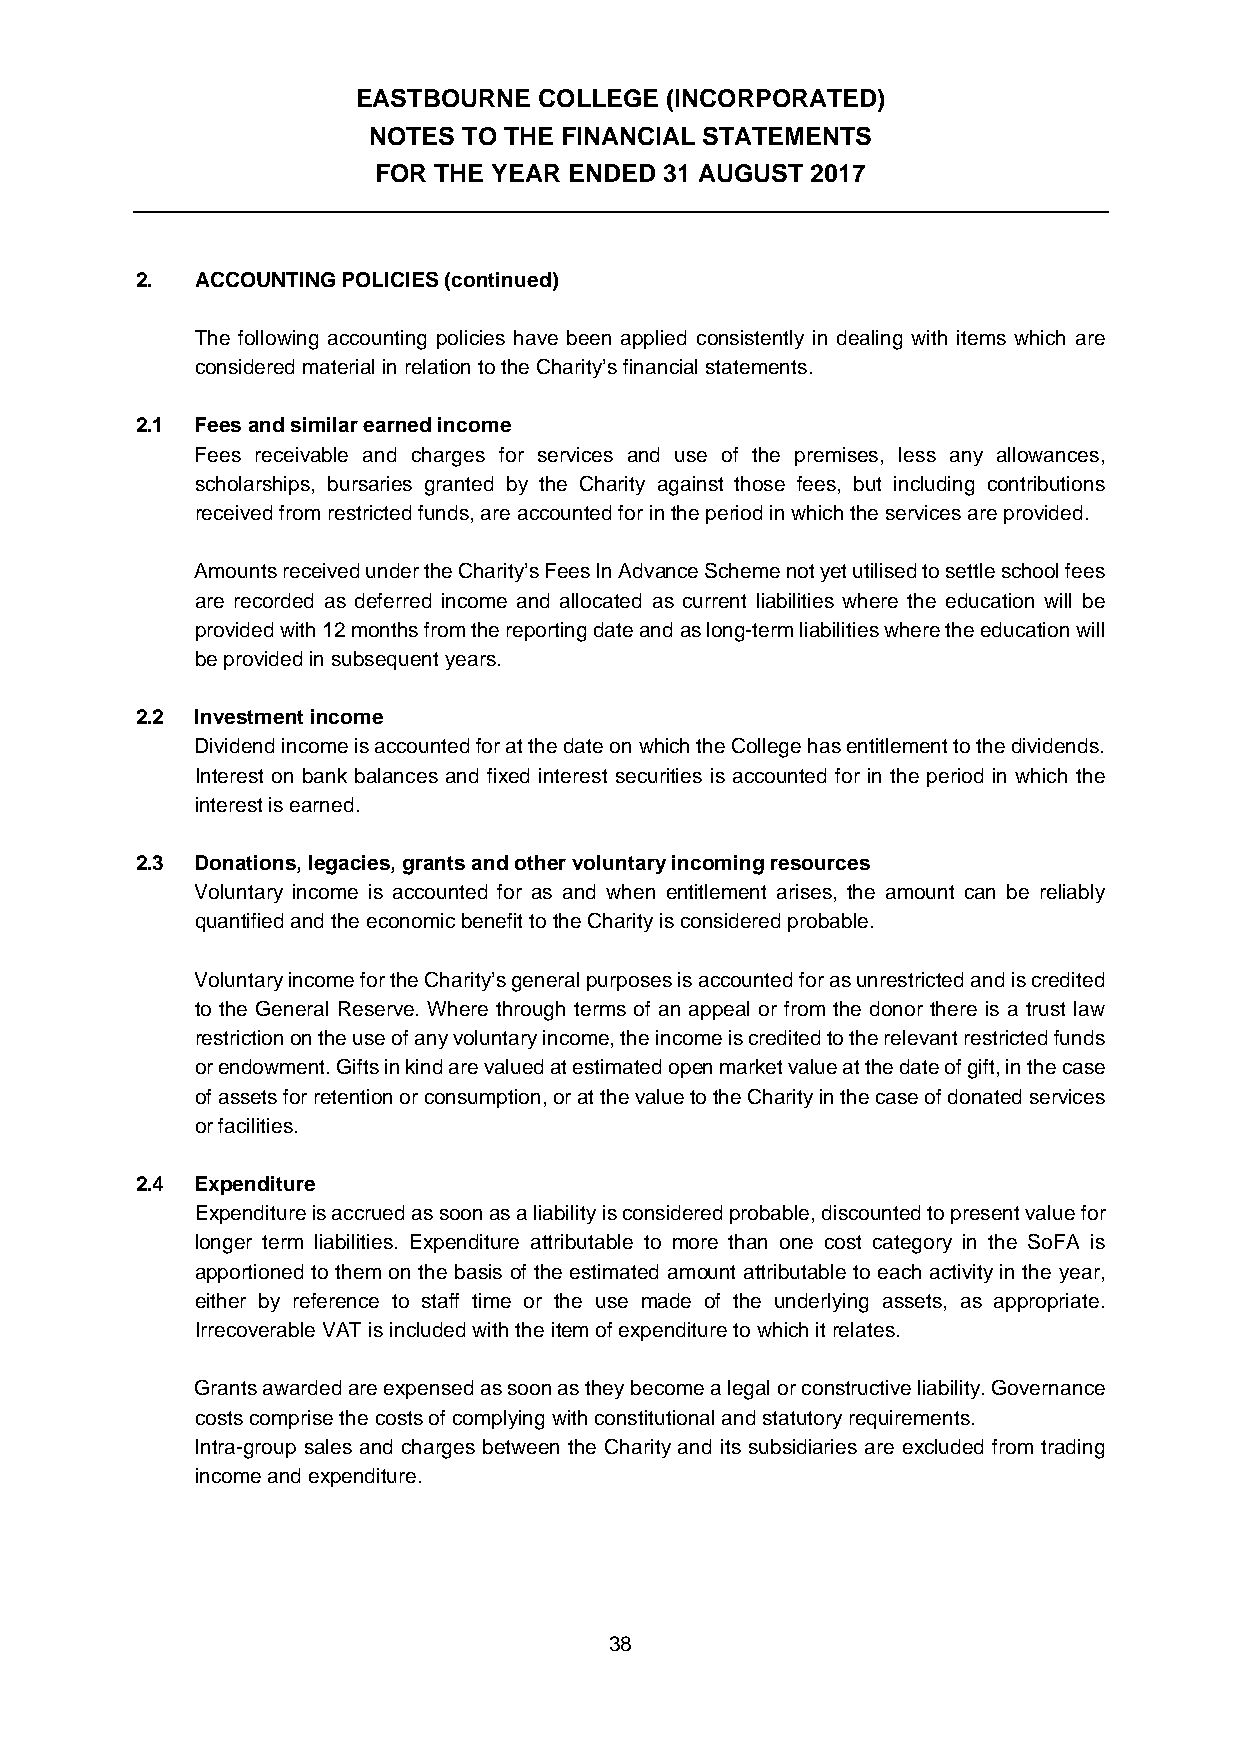
EASTBOURNE  COLLEGE (INCORPORATED)
 NOTES  TO THE FINANCIAL STATEMENTS
 FOR THE YEAR ENDED 31 AUGUST 2017
 2.  ACCOUNTING POLICIES (continued)
 The following accounting policies have been applied consistently in dealing with items which are
 considered material in relation to the Charity’s financial statements.
 2.1 Fees and similar earned income
 Fees receivable and charges for services and use of the premises, less any allowances,
 scholarships, bursaries granted by the Charity against those fees, but including contributions
 received from restricted funds, are accounted for in the period in which the services are provided.
 Amounts received under the Charity’s Fees In Advance Scheme not yet utilised to settle school fees
 are recorded as deferred income and allocated as current liabilities where the education will be
 provided with 12 months from the reporting date and as long-term liabilities where the education will
 be provided in subsequent years.
 2.2 Investment income
 Dividend income is accounted for at the date on which the College has entitlement to the dividends.
 Interest on bank balances and fixed interest securities is accounted for in the period in which the
 interest is earned.
 2.3 Donations, legacies, grants and other voluntary incoming resources
 Voluntary income is accounted for as and when entitlement arises, the amount can be reliably
 quantified and the economic benefit to the Charity is considered probable.
 Voluntary income for the Charity’s general purposes is accounted for as unrestricted and is credited
 to the General Reserve. Where through terms of an appeal or from the donor there is a trust law
 restriction on the use of any voluntary income, the income is credited to the relevant restricted funds
 or endowment. Gifts in kind are valued at estimated open market value at the date of gift, in the case
 of assets for retention or consumption, or at the value to the Charity in the case of donated services
 or facilities.
 2.4 Expenditure
 Expenditure is accrued as soon as a liability is considered probable, discounted to present value for
 longer term liabilities. Expenditure attributable to more than one cost category in the SoFA is
 apportioned to them on the basis of the estimated amount attributable to each activity in the year,
 either by reference to staff time or the use made of the underlying assets, as appropriate.
 Irrecoverable VAT is included with the item of expenditure to which it relates.
 Grants awarded are expensed as soon as they become a legal or constructive liability. Governance
 costs comprise the costs of complying with constitutional and statutory requirements.
 Intra-group sales and charges between the Charity and its subsidiaries are excluded from trading
 income and expenditure.
 38